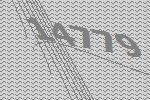
14779